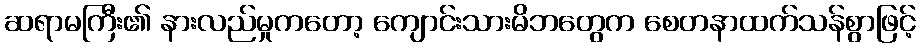
ဆရာမကြီး၏ နားလည်မှုကတော့ ကျောင်းသားမိဘတွေက စေတနာထက်သန်စွာဖြင့်